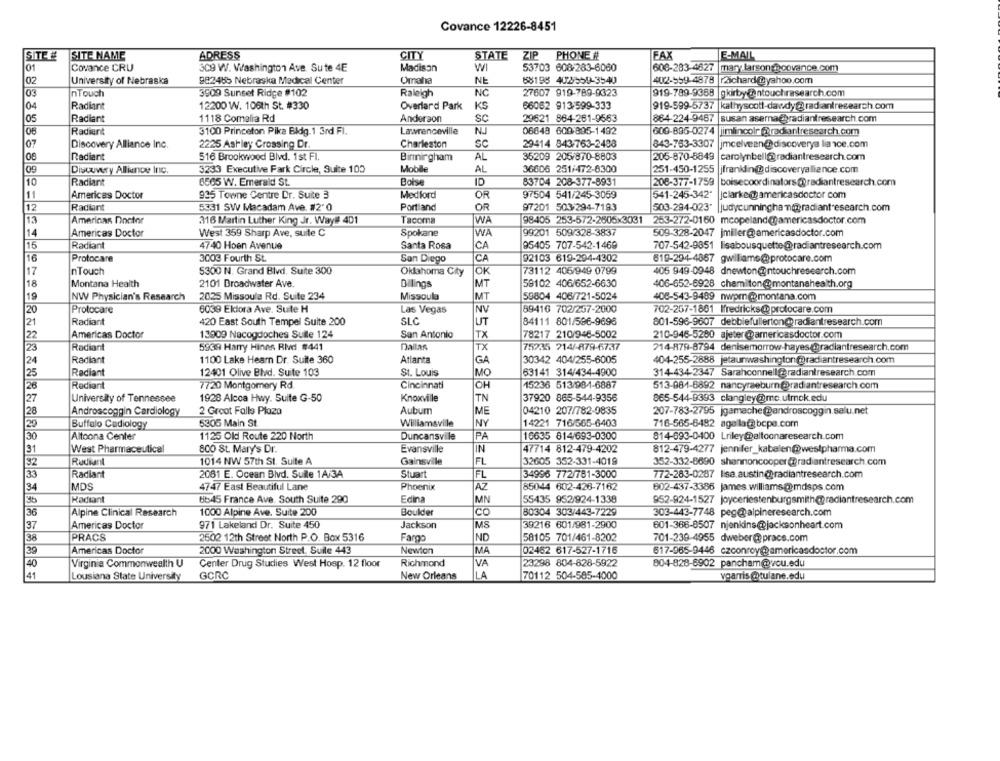
Covance 12226-8451
CITY
SITEE
SITE NAME
ADRESS
STATE
ZIP
PHONE #
FAX
E-MAIL
01
Covance CRU
309 W. Washington Ave. Sute 4E
Madison
W
53703 608-283-6060
606-283-4627 |mary larson@@covance.com
02
University of Nebraska
982465 Nebraska Medical Center
Omaha
NE
58198 4020559-3540
4022-559-4878
2ichard@@yahoo.com
03
3909 Sunset Ridge #102
NC
27607 919-789-9323
nTouch
Raleigh
919-789-9368 gkirby@ntouchresearch.com
04
Radiant
12200 W. 106th St. #330
Overlard Park
KS
66062 913-599-333
919-599-5737
kathyscott-dawdy@ radiantresearch.com
05
Radiant
1118 Comalia Rd
Anderson
SC
29621 864-261-9563
864-224-9467
susan aserna@radiantresearch.com
Lawrenceville
Radiant
3100 Princeton Pika Bidg.1 3rd FI.
N.J
06648 609-895-1492
000-895-0274
Jimlincolr @radiantresearch.com
07
Discovery Alliance Inc.
2225 Ashley Crossing Dr.
Charleston
sc
29414 843-763-2488
843-763-3307
jmcelvean@discoverya liance.com
Radiant
516 Brookwood Blvd. 1st FI.
Birmingham
AL
35209 205/870-8803
205-870-8849
carolynbell@radiantresearch.com
Mobile
AL
36606 251/472-8300
251-450-1255
09
Discovery Alliance Inc.
3233 Executive Fark Circle, Suite 100
jfrankdin@discoveryalliance.com
10
Radiant
6565 W. Emerald St.
Boise
ID
83704 208-377-8931
208-377-1759
boisecoordinators@radiantresearch.com
11
Americas Doctor
935 Towne Centre Dr. Suite 3
Medford
OF
97504 541/245-3059
541-245-342"
clarke@ americasdoctor com
Radiant
Portland
OR
97201 503-294-7193
12
5331 SW Macadam Ave. #2' 0
503-294-023* |judycunningham@radiant.esearch.com
13
Americas Doctor
316 Martin Luther King Jr. Way# 401
Tacoma
WA
98405 253-572-2605x3031
253-272-0160 mcopeland@americasdoctor.com
14
Americas Doctor
West 359 Sharp Ave, suite C
Spokane
WA
99201 509/328-3837
509-328-2047 jmiller@americasdoctor.com
Radiant
95405 707-542-1469
15
4740 Hoen Avenue
Santa Rosa
CA
707-542-9851 lisabousquette@radiantresearch.com
16
Protocare
3003 Fourth St.
San Diego
CA
92103 619-294-4302
619-294-4867 gwilliame@protocare.com
17
nTouch
5300 N. Grand Blvd. Suite 300
Oklahoma City
OK
73112 405/949 0799
405 949-0948 dnewton@ntouchresearch.com
59102 406/652-6630
18
Montana Health
2101 Droadwater Ave.
Bilings
MT
406-652-6928 chamilton@montanahealth.org
19
NW Physician's Research
2025 Missoula Rd. Suite 234
Missoula
MT
59804 406/721-5024
408-543-9489 nwpm@montana.com
20
Protocare
6039 Ellora Ave. Suite H
Las Vegas
NV
89416 702/257-2000
702-257-1861 Ifredricks@protocare.com
Radiant
SLC
21
420 East South Tempel Suite 200
UT
84111 801/596-9696
801-596-9607 debbiefullerton@radiantresearch.com
22
Americas Doctor
13909 Nacogdoches Sulle 124
San Antonio
TX
78217 210/946-5002
210-946-5280 ajeter@americasdoctor.com
23
Radiant
5939 Harry Hines Rivd #441
Dallas
TX
75235 714/-879-6737
714-879-8794 denisemorrow-hayes@@radiantresearch.com
30342 404/255-6005
24
Radiant
1100 Lake Hearn Dr. Suite 360
Atlanta
GA
404-255-2888 jetaunwashington@radiantresearch.com
25
Radiant
12401 Olive Blvd. Suite 103
St. Louis
MO
63141 314/434-4900
314-434-2347 Sarahconnell@radiantresearch.com
26
Radiant
7720 Montgomery Rd.
Cincinnati
OH
15236 513/984-6887
513-881-6892 nancyraeburn@radiantresearch.com
27
University of Tennessee
1928 Alcoa Hwy. Suite G-50
Knoxville
TN
37920 865-544-9356
865-544-9393 clangley@mc.utmck.edu
Androscoggin Cardiology
2 Great Falls Plaza
Aubum
ME
04210 207/782-9835
207-783-2795 jgamache@androscoggin.selu.net
28
29
Buffalo Cadiology
5305 Main St.
Williamsville
NY
14221 716/565-6403
716-565-8482 agala@bcpe.com
16635 814/693-0300
30
Altoona Center
1125 Old Route 220 North
Duncansville
PA
814-693-0400 Lriley@altoonaresearch.com
31
West Pharmaceutical
800 St. Mary's Dr.
Evansville
IN
47714 812-479-4202
812-479-4277 jennifer_kabelen@westpharma.com
32
Rudiant
1014 NW 57th St. Suite A
Gainsville
FL
32605 352-331-4019
352-332-8690 shannoncooper@radiantresearch.com
33
Radiant
2081 E. Ocean Blvd. Sulle 1A/3A
Stuart
FL
34996 772/781-3000
772-283-0287 lisa.austin@yradiantresearch.com
34
MDS
4747 East Beautiful Lane
Phoenix
AZ
85044 602-426-7162
602-437-3386 james williams@mdsps.com
35
Hadiant
Ubs45 France Ave. South Suite 290
Edina
MN
55435 952/924-1338
952-924-1527 joyceriestenburgsmith@radiantresearch.com
80304 303/443-7229
36
Alpine Clinical Research
1000 Alpine Ave. Suite 200
Boulder
co
303-443-7748 peg@alpineresearch.com
37
Americas Doctor
971 Lakeland Dr. Suite 450
Jackson
MS
39216 601/981-2900
601-366-8507 njenkins@jacksonheart.com
38
PRACS
2602 12th Street North P.O. Box 5316
Fargo
ND
58105 701/461-8202
701-239-4955 dweber@prace.com
M
39
Americas Doctor
2000 Washington Street, Suite 443
Newton
02452 617-527-1716
617-965-9446 czconroy@americasdoctor.com
40
Virginia Commonwealth U
Center Drug Studies West Hosp. 12 floor
Richmond
VA
23298 804-828-5922
804-828-8902 pancham@wou.edu
41
Lousiana State University
GCRC
New Orleans
LA
70112 504-585-4000
vgarris @@tulane.edu